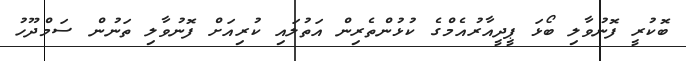
ބޮކުރީ ފޮނުވާލި ބޯޅަ ޕީދީއާރުއެމްގެ ކުޅުންތެރިން އަތުލައި ކުރިއަށް ފޮނުވާލި ތަނުން ސަމްދޫހު